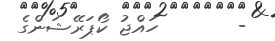
-       ހައްޖު ކޯޕަރޭޝަންގެ